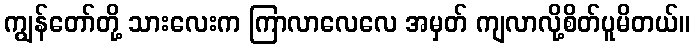
ကျွန်တော်တို့ သားလေးက ကြာလာလေလေ အမှတ် ကျလာလို့စိတ်ပူမိတယ်။